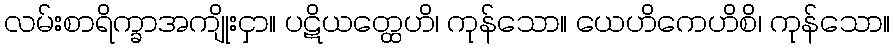
လမ်းစာရိက္ခာအကျိုးငှာ။ ပဋိယတ္ထေဟိ၊ ကုန်သော။ ယေဟိကေဟိစိ၊ ကုန်သော။